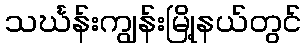
သင်္ဃန်းကျွန်းမြို့နယ်တွင်